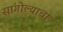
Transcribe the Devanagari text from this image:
सांगोल्याचा